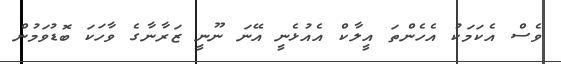
ވެސް އެކަމަކު އެހެންތަ އީލާކް އެއުޅެނީ އޭނަ ނޫނީ ޒަރާނާގެ ވާހަކަ ބޮޑުވަމުން